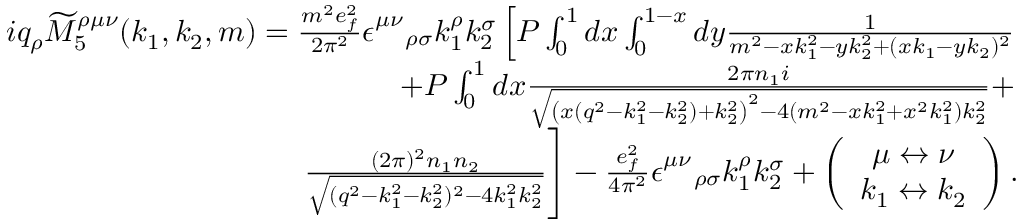
\begin{array} { r l r } & { } & { i q _ { \rho } \widetilde { M } _ { 5 } ^ { \rho \mu \nu } ( k _ { 1 } , k _ { 2 } , m ) = \frac { m ^ { 2 } e _ { f } ^ { 2 } } { 2 \pi ^ { 2 } } \epsilon _ { \quad \rho \sigma } ^ { \mu \nu } k _ { 1 } ^ { \rho } k _ { 2 } ^ { \sigma } \left[ P \int _ { 0 } ^ { 1 } d x \int _ { 0 } ^ { 1 - x } d y \frac { 1 } { m ^ { 2 } - x k _ { 1 } ^ { 2 } - y k _ { 2 } ^ { 2 } + ( x k _ { 1 } - y k _ { 2 } ) ^ { 2 } } \right. } \\ & { } & { \left. + P \int _ { 0 } ^ { 1 } d x \frac { 2 \pi n _ { 1 } i } { \sqrt { \left( x ( q ^ { 2 } - k _ { 1 } ^ { 2 } - k _ { 2 } ^ { 2 } ) + k _ { 2 } ^ { 2 } \right) ^ { 2 } - 4 ( m ^ { 2 } - x k _ { 1 } ^ { 2 } + x ^ { 2 } k _ { 1 } ^ { 2 } ) k _ { 2 } ^ { 2 } } } + \right. } \\ & { } & { \left. \frac { ( 2 \pi ) ^ { 2 } n _ { 1 } n _ { 2 } } { \sqrt { ( q ^ { 2 } - k _ { 1 } ^ { 2 } - k _ { 2 } ^ { 2 } ) ^ { 2 } - 4 k _ { 1 } ^ { 2 } k _ { 2 } ^ { 2 } } } \right] - \frac { e _ { f } ^ { 2 } } { 4 \pi ^ { 2 } } \epsilon _ { \quad \rho \sigma } ^ { \mu \nu } k _ { 1 } ^ { \rho } k _ { 2 } ^ { \sigma } + \left( \begin{array} { c } { \mu \leftrightarrow \nu } \\ { k _ { 1 } \leftrightarrow k _ { 2 } } \end{array} \right) . } \end{array}